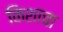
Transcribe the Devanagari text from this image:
किशाचा